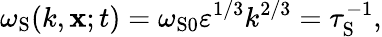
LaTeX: \omega_{\mathrm{{S}}}(k,{\mathbf{x}};t)=\omega_{\mathrm{{S}}0}\varepsilon^{1/3}k^{2/3}=\tau_{\mathrm{{S}}}^{-1},